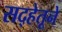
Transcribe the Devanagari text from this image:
सद्‍हेतूने